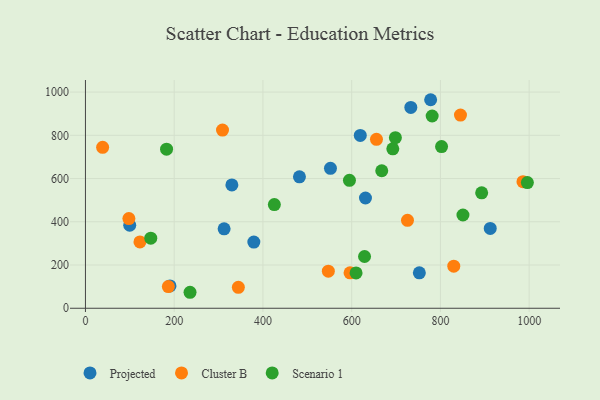
{"axis": {"x": "Price", "y": "Sales"}, "legend": ["Cluster B", "Projected", "Scenario 1"], "data": [{"x": "190.5", "y": 103.1, "type": "Projected"}, {"x": "912.3", "y": 369.1, "type": "Projected"}, {"x": "379.5", "y": 306.3, "type": "Projected"}, {"x": "778.0", "y": 964.6, "type": "Projected"}, {"x": "482.3", "y": 608.0, "type": "Projected"}, {"x": "99.8", "y": 383.9, "type": "Projected"}, {"x": "312.5", "y": 367.6, "type": "Projected"}, {"x": "552.2", "y": 647.2, "type": "Projected"}, {"x": "330.0", "y": 570.5, "type": "Projected"}, {"x": "733.3", "y": 929.0, "type": "Projected"}, {"x": "631.1", "y": 510.0, "type": "Projected"}, {"x": "752.5", "y": 164.1, "type": "Projected"}, {"x": "619.4", "y": 799.5, "type": "Projected"}, {"x": "97.9", "y": 414.6, "type": "Cluster B"}, {"x": "986.1", "y": 585.6, "type": "Cluster B"}, {"x": "596.3", "y": 164.1, "type": "Cluster B"}, {"x": "186.8", "y": 100.1, "type": "Cluster B"}, {"x": "308.9", "y": 824.2, "type": "Cluster B"}, {"x": "344.6", "y": 97.0, "type": "Cluster B"}, {"x": "845.2", "y": 893.6, "type": "Cluster B"}, {"x": "655.9", "y": 781.6, "type": "Cluster B"}, {"x": "830.1", "y": 194.7, "type": "Cluster B"}, {"x": "725.8", "y": 406.8, "type": "Cluster B"}, {"x": "547.4", "y": 171.6, "type": "Cluster B"}, {"x": "38.7", "y": 744.4, "type": "Cluster B"}, {"x": "122.8", "y": 307.0, "type": "Cluster B"}, {"x": "609.9", "y": 163.6, "type": "Scenario 1"}, {"x": "667.8", "y": 636.1, "type": "Scenario 1"}, {"x": "692.7", "y": 737.7, "type": "Scenario 1"}, {"x": "893.0", "y": 533.9, "type": "Scenario 1"}, {"x": "802.6", "y": 747.7, "type": "Scenario 1"}, {"x": "996.0", "y": 581.5, "type": "Scenario 1"}, {"x": "850.8", "y": 431.4, "type": "Scenario 1"}, {"x": "235.7", "y": 73.9, "type": "Scenario 1"}, {"x": "595.0", "y": 591.8, "type": "Scenario 1"}, {"x": "629.0", "y": 239.4, "type": "Scenario 1"}, {"x": "698.5", "y": 788.9, "type": "Scenario 1"}, {"x": "147.2", "y": 324.0, "type": "Scenario 1"}, {"x": "781.4", "y": 889.2, "type": "Scenario 1"}, {"x": "425.7", "y": 479.5, "type": "Scenario 1"}, {"x": "182.8", "y": 735.8, "type": "Scenario 1"}]}